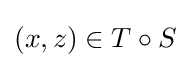
(x,z)\in T\circ S